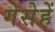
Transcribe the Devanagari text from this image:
गेसेहें